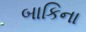
બાકિના